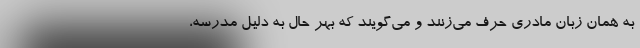
به همان زبان مادری حرف می‌زنند و می‌گویند که بهر حال به دلیل مدرسه،